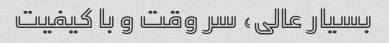
بسیار عالی، سر وقت و با کیفیت